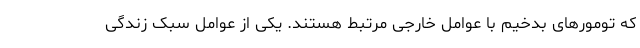
که تومورهای بدخیم با عوامل خارجی مرتبط هستند. یکی از عوامل سبک زندگی